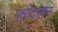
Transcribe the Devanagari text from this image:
पक्षीदालन